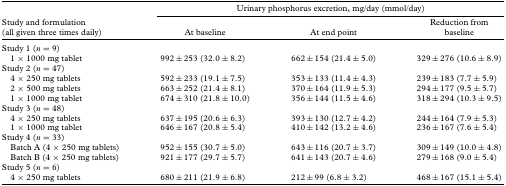
|  | <COLSPAN=3> Urinary phosphorus excretion, mg/day (mmol/day) |
 | Study and formulation (all given three times daily) | At baseline | At end point | Reduction from baseline |
 | --- | --- | --- | --- |
 | <COLSPAN=4> Study 1 (n = 9) |
 | 1 × 1000 mg tablet | 992 ±253 (32.0 ±8.2) | 662±154 (21.4±5.0) | 329 ±276 (10.6 ±8.9) |
 | <COLSPAN=4> Study 2 (n = 47) |
 | 4 × 250 mg tablets | 592 ±233 (19.1 ±7.5) | 353±133 (11.4±4.3) | 239 ±183 (7.7 ±5.9) |
 | 2 × 500 mg tablets | 663 ±252 (21.4±8.1) | 370±164 (11.9 ± 5.3) | 294±177 (9.5 ±5.7) |
 | 1 × 1000 mg tablet | 674±310 (21.8 ± 10.0) | 356±144 (11.5 ± 4.6) | 318±294 (10.3 ±9.5) |
 | <COLSPAN=4> Study 3 (n = 48) |
 | 4 × 250 mg tablets | 637±195 (20.6 ±6.3) | 393±130 (12.7 ±4.2) | 244±164 (7.9 ±5.3) |
 | 1 × 1000 mg tablet | 646 ±167 (20.8 ±5.4) | 410±142 (13.2 ±4.6) | 236 ±167 (7.6 ±5.4) |
 | <COLSPAN=4> Study 4 (n = 33) |
 | Batch A (4 × 250 mg tablets) | 952±155 (30.7 ±5.0) | 643 ±116 (20.7 ±3.7) | 309 ±149 (10.0 ±4.8) |
 | Batch B (4 × 250 mg tablets) | 921 ±177 (29.7 ±5.7) | 641 ±143 (20.7 ±4.6) | 279 ±168 (9.0 ±5.4) |
 | <COLSPAN=4> Study 5 (n = 6) |
 | 4 × 250 mg tablets | 680±211 (21.9 ±6.8) | 212±99 (6.8±3.2) | 468±167 (15.1 ±5.4) |